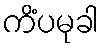
ကိံပမုခါ